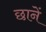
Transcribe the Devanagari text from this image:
छानें